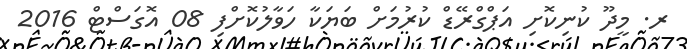
ރ. މީދޫ ކުނިކޮށި އަޕްގްރޭޑް ކުރުމަށް ބަޔަކާ ހަވާލުކޮށްފި 08 އޮގަސްޓް 2016